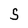
Character: 5